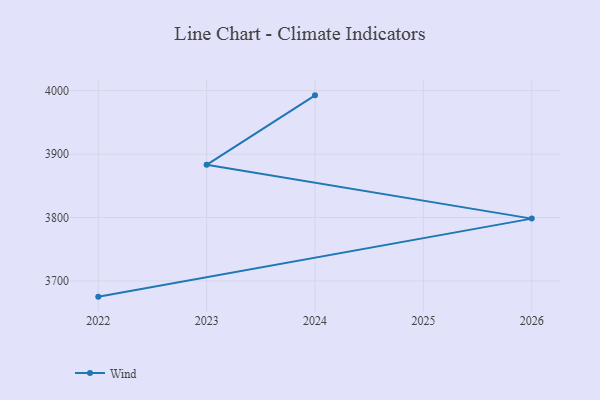
{"axis": {"x": "Year", "y": "Temperature (°C)"}, "legend": ["Wind"], "data": [{"x": "2022", "y": 3675.3, "type": "Wind"}, {"x": "2026", "y": 3798.3, "type": "Wind"}, {"x": "2023", "y": 3883.1, "type": "Wind"}, {"x": "2024", "y": 3992.6, "type": "Wind"}]}